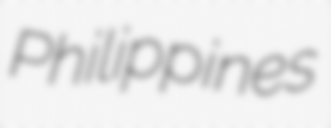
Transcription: Philippines